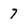
Character: 7